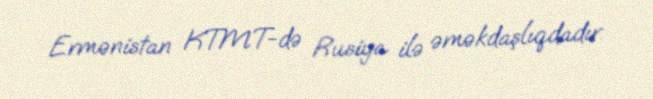
Ermənistan KTMT-də Rusiya ilə əməkdaşlıqdadır.